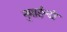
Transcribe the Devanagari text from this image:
नुमाईन्दो